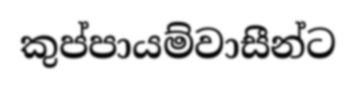
කුප්පායම්වාසීන්ට